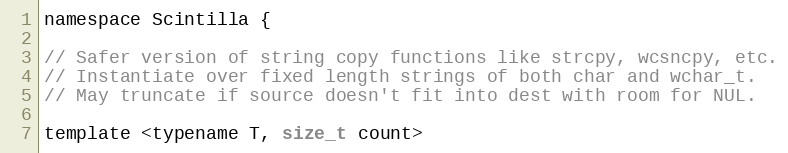
Language: C
namespace Scintilla {

// Safer version of string copy functions like strcpy, wcsncpy, etc.
// Instantiate over fixed length strings of both char and wchar_t.
// May truncate if source doesn't fit into dest with room for NUL.

template <typename T, size_t count>